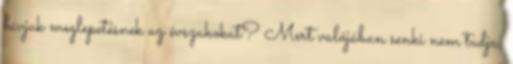
hívjuk meglepetésnek az évszakokat? Mert valójában senki nem tudja,